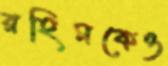
রহিমকেও